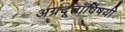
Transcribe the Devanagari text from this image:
अग्रदूताविषयी